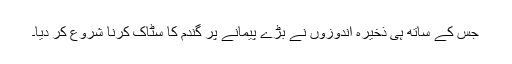
جس کے ساتھ ہی ذخیرہ اندوزوں نے بڑے پیمانے پر گندم کا سٹاک کرنا شروع کر دیا۔